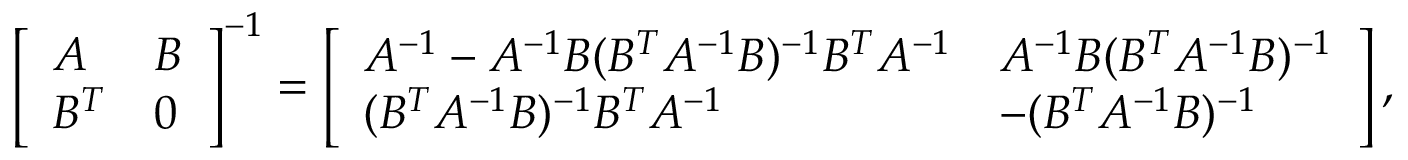
\left[ \begin{array} { l l } { A } & { B } \\ { B ^ { T } } & { 0 } \end{array} \right] ^ { - 1 } = \left[ \begin{array} { l l } { A ^ { - 1 } - A ^ { - 1 } B ( B ^ { T } A ^ { - 1 } B ) ^ { - 1 } B ^ { T } A ^ { - 1 } } & { A ^ { - 1 } B ( B ^ { T } A ^ { - 1 } B ) ^ { - 1 } } \\ { ( B ^ { T } A ^ { - 1 } B ) ^ { - 1 } B ^ { T } A ^ { - 1 } } & { - ( B ^ { T } A ^ { - 1 } B ) ^ { - 1 } } \end{array} \right] ,